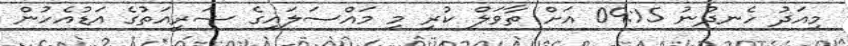
މިއަދު ހެނދުނު 09:15 އަށް ތާވަލް ކުރި މި މައްސަލައިގެ ޝަރީއަތުގެ އަޑުއެހުން